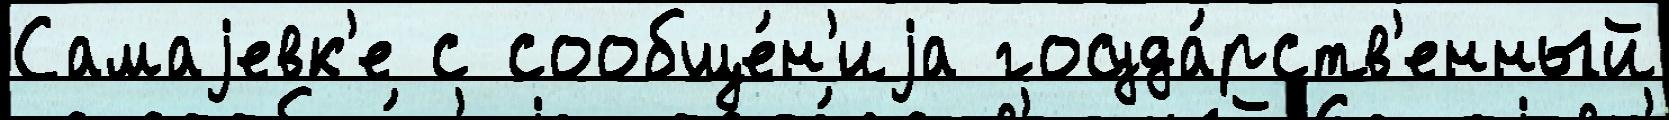
Самаjевк'е с сообще́н'иjа госуда́рств'енный